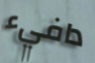
دافيء